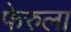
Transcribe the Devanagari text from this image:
फेरुला